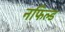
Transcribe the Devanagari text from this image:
नफिल्ड